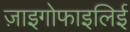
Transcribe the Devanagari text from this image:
ज़ाइगोफाइलिई